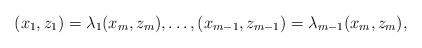
\begin{align*}(x_1, z_1)=\lambda_1(x_m, z_m), \dots, (x_{m-1}, z_{m-1})=\lambda_{m-1}(x_m, z_m),\end{align*}